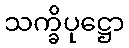
သက္ခိပုဋ္ဌော